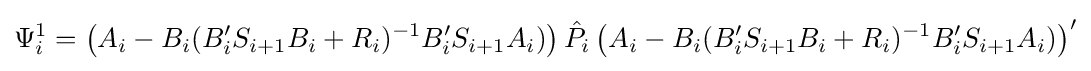
\Psi _{i}^{1}=\left(A_{i}-B_{i}(B'_{i}S_{i+1}B_{i}+R_{i})^{-1}B'_{i}S_{i+1}A_{i})\right){\hat {P}}_{i}\left(A_{i}-B_{i}(B'_{i}S_{i+1}B_{i}+R_{i})^{-1}B'_{i}S_{i+1}A_{i})\right)'